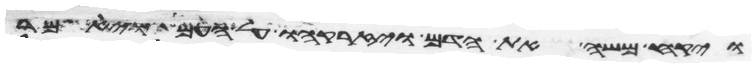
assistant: ויקח משה את הדם ויזרקהו על העם ויאמר